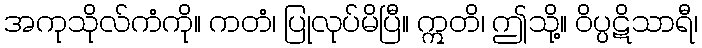
အကုသိုလ်ကံကို။ ကတံ၊ ပြုလုပ်မိပြီ။ ဣတိ၊ ဤသို့။ ဝိပ္ပဋိသာရီ၊